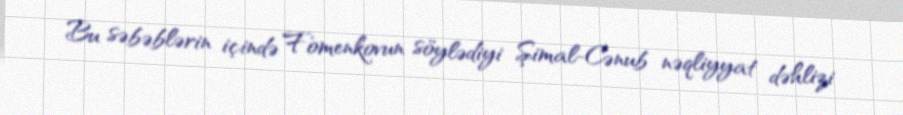
Bu səbəblərin içində Fomenkovun söylədiyi Şimal-Cənub nəqliyyat dəhlizi